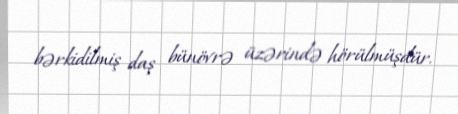
bərkidilmiş daş bünövrə üzərində hörülmüşdür.